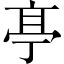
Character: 𠅘